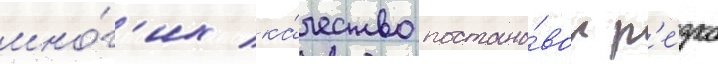
мно́г'их ка́чество постано́вок р'е́зко